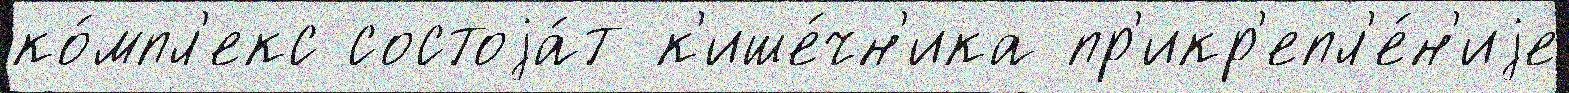
ко́мпл'екс состоjа́т к'ише́чн'ика пр'икр'епл'е́н'иjе